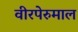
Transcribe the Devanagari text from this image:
वीरपेरुमाल